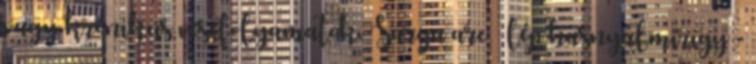
vagy krónikus vesefolyamatok. Sárga arc – lép hasnyálmirigy -